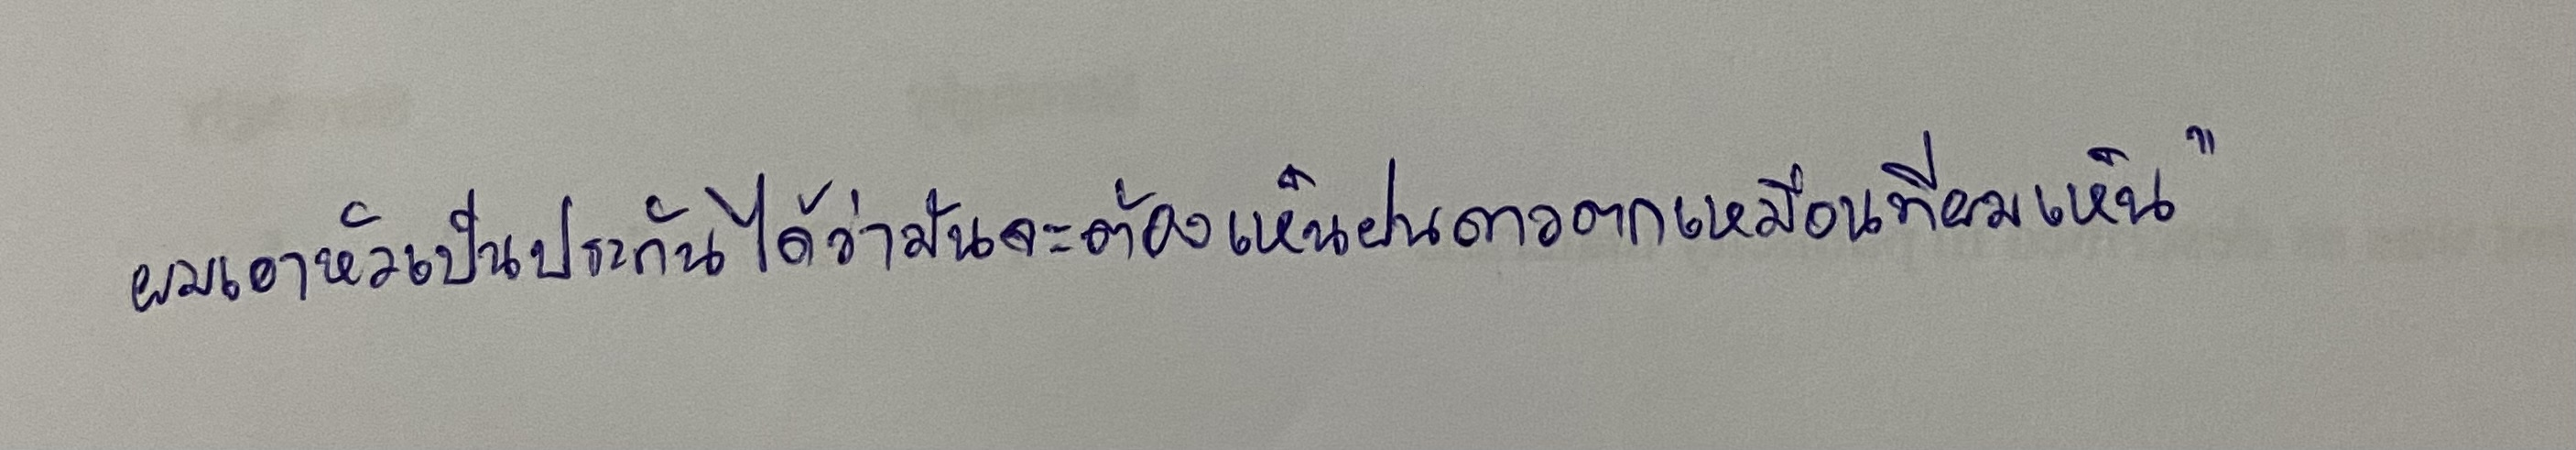
ผมเอาหัวเป็นประกันได้ว่ามันจะต้องเห็นฝนดาวตกเหมือนที่ผมเห็น"